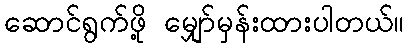
ဆောင်ရွက်ဖို့ မျှော်မှန်းထားပါတယ်။